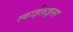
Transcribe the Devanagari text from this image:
स्काईलाइनर